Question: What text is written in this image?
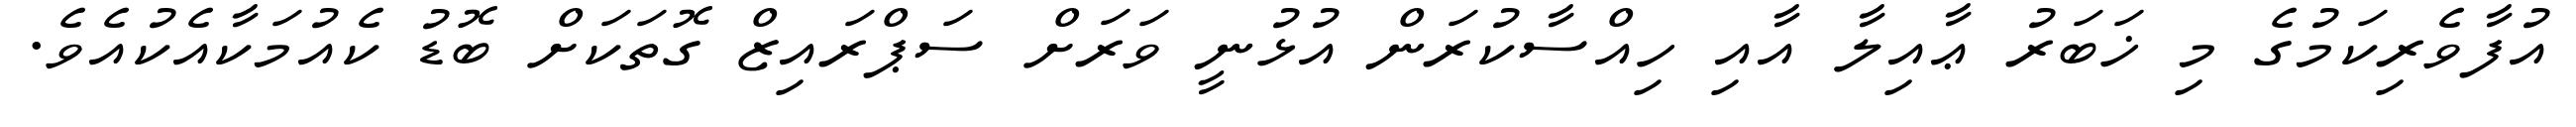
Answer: އުފާވެރިކަމުގެ މި ޚަބަރު ޢާއިލާ އާއި ހިއްސާކުރަން އުޅުނީ ވަރަށް ސަޕްރައިޒް ގޮތަކަށް ބޮޑު ކެއުމަކާއެކުއެވެ.